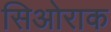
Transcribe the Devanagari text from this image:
सिओराक